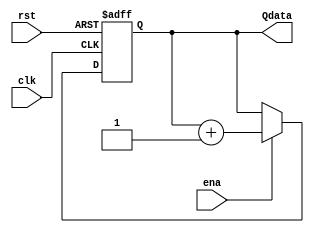
module ContadorNbits 
#(parameter SIZE=8)
(
	input clk,rst,ena,
	output reg [(SIZE-1):0] Qdata
);

//Secuencial
always@(posedge clk or negedge rst)
begin
	if(!rst)
		Qdata<=0;	
	else
	if(ena)
		Qdata<=Qdata+1'b1;
end
endmodule